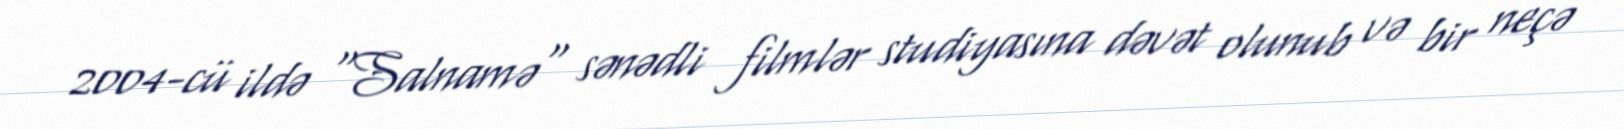
2004-cü ildə "Salnamə" sənədli filmlər studiyasına dəvət olunub və bir neçə